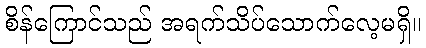
စိန်ကြောင်သည် အရက်သိပ်သောက်လေ့မရှိ။